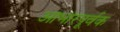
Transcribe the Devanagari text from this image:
आभारपूर्वक